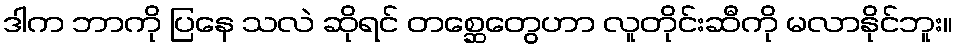
ဒါက ဘာကို ပြနေ သလဲ ဆိုရင် တစ္ဆေတွေဟာ လူတိုင်းဆီကို မလာနိုင်ဘူး။